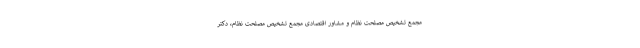
مجمع تشخیص مصلحت نظام و مشاور اقتصادی مجمع تشخیص مصلحت نظام، دکتر